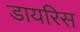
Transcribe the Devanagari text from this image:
डायरिस